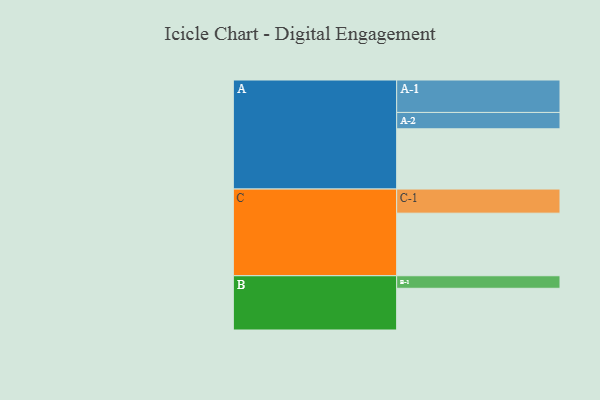
{"axis": {"x": "Segment", "y": "Value"}, "legend": ["", "A", "B", "C"], "data": [{"x": "A", "y": 442, "type": ""}, {"x": "B", "y": 306, "type": ""}, {"x": "C", "y": 459, "type": ""}, {"x": "A-1", "y": 238, "type": "A"}, {"x": "A-2", "y": 120, "type": "A"}, {"x": "B-1", "y": 92, "type": "B"}, {"x": "C-1", "y": 177, "type": "C"}]}